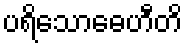
ပရိသောဓေဟီတိ